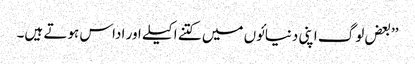
’’بعض لوگ اپنی دنیائوں میں کتنے اکیلے اور اداس ہوتے ہیں۔